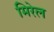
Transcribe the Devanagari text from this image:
मिरेल